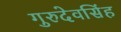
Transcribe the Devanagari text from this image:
गुरुदेवसिंह